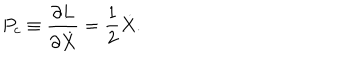
LaTeX: P _ { c } \equiv \frac { \partial L } { \partial \dot { X } } = \frac { 1 } { 2 } \dot { X } .